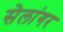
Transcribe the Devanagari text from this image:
सेलांगर